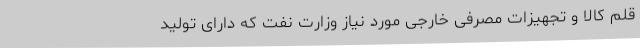
قلم کالا و تجهیزات مصرفی خارجی مورد نیاز وزارت نفت که دارای تولید